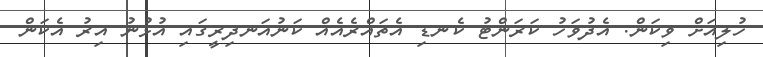
ހުލިއަށް ވިކަން. އެދުވަހު ކަރަންޓު ކެނޑި އެތައްރެއެއް ކަނުއަނދިރީގައި އުޅުނު އިރު އެކަން